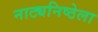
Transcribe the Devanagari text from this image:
नाट्यनिष्ठेला